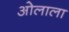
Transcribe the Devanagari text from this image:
ओलाला